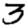
Digit: 3